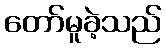
တော်မူခဲ့သည်